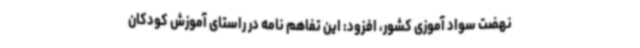
نهضت سواد آموزی کشور، افزود: این تفاهم نامه در راستای آموزش کودکان